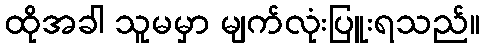
ထိုအခါ သူမမှာ မျက်လုံးပြူးရသည်။